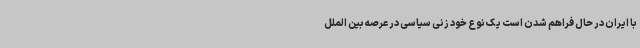
با ایران در حال فراهم شدن است یک نوع خود زنی سیاسی در عرصه بین الملل